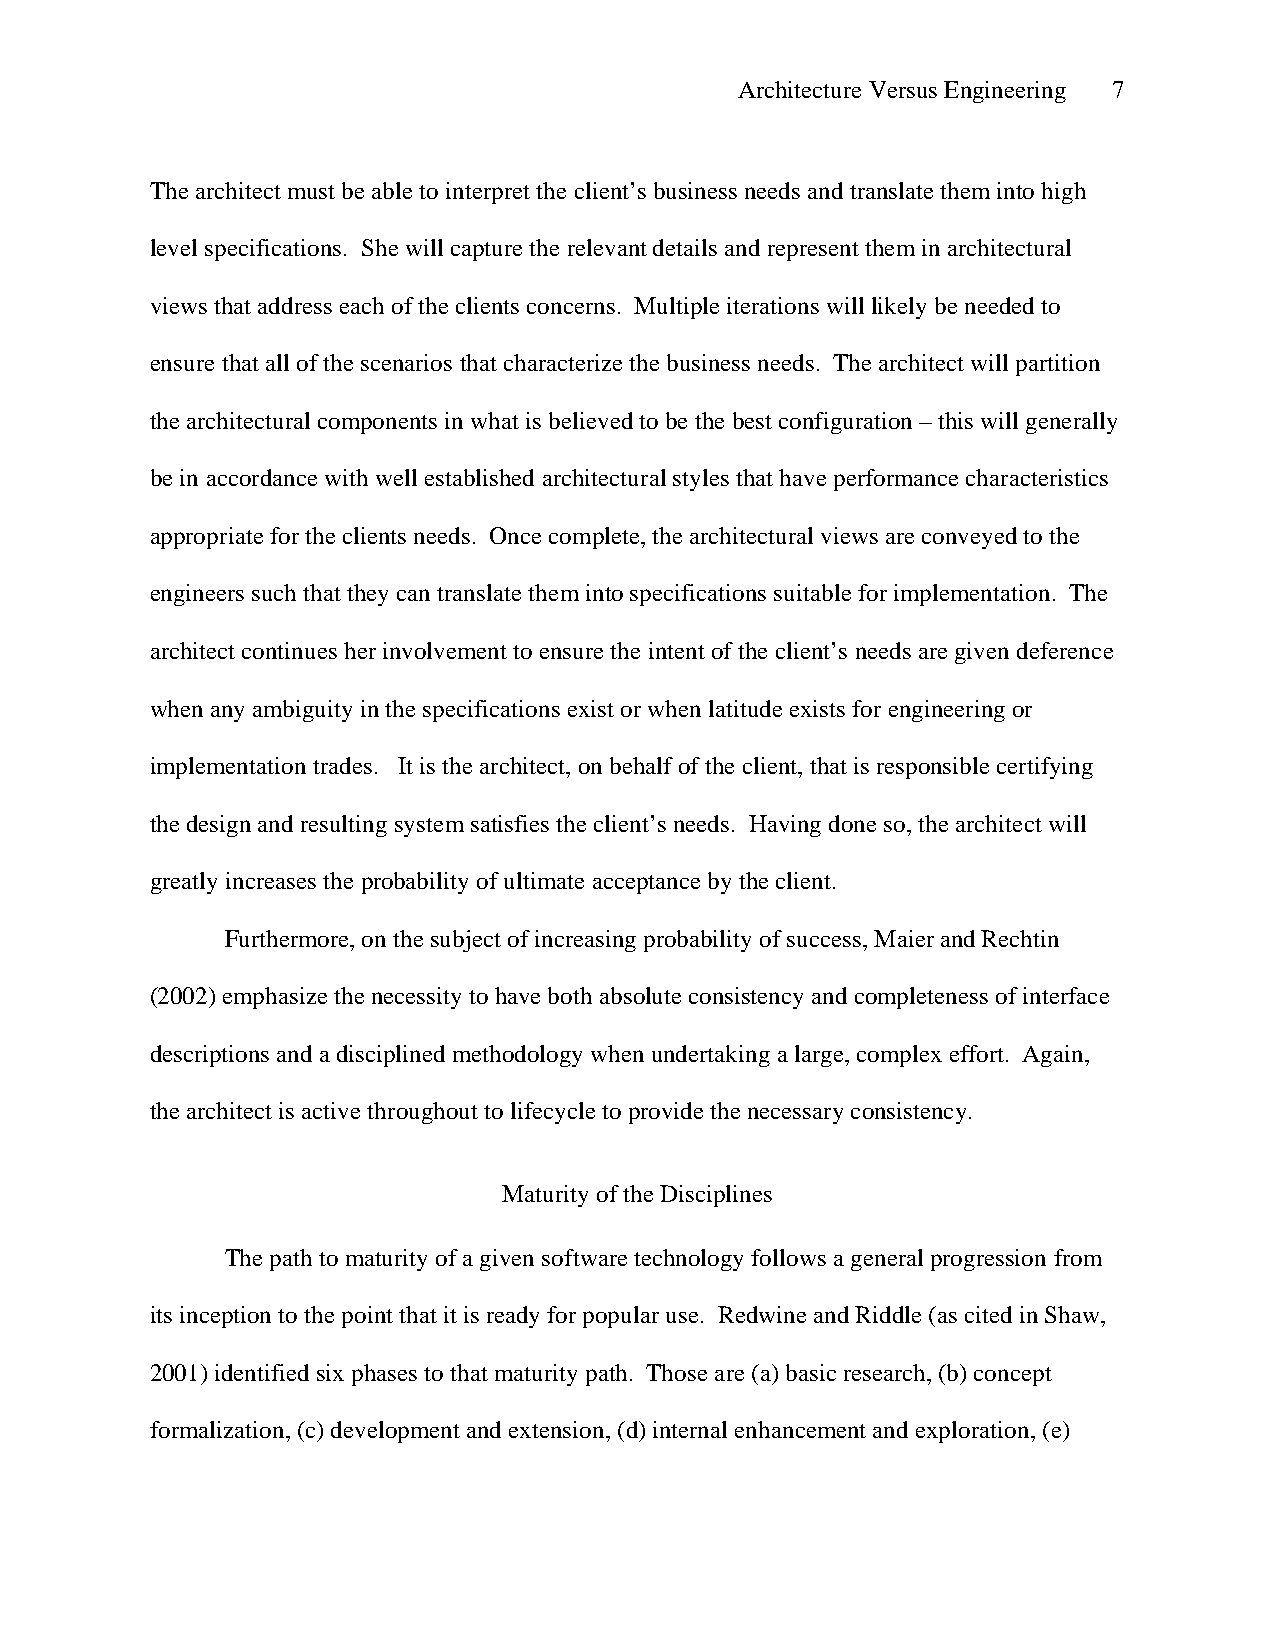
Architecture Versus Engineering 7
 The architect must be able to interpret the client’s business needs and translate them into high
 level specifications. She will capture the relevant details and represent them in architectural
 views that address each of the clients concerns. Multiple iterations will likely be needed to
 ensure that all of the scenarios that characterize the business needs. The architect will partition
 the architectural components in what is believed to be the best configuration – this will generally
 be in accordance with well established architectural styles that have performance characteristics
 appropriate for the clients needs. Once complete, the architectural views are conveyed to the
 engineers such that they can translate them into specifications suitable for implementation. The
 architect continues her involvement to ensure the intent of the client’s needs are given deference
 when any ambiguity in the specifications exist or when latitude exists for engineering or
 implementation trades. It is the architect, on behalf of the client, that is responsible certifying
 the design and resulting system satisfies the client’s needs. Having done so, the architect will
 greatly increases the probability of ultimate acceptance by the client.
 Furthermore, on the subject of increasing probability of success, Maier and Rechtin
 (2002) emphasize the necessity to have both absolute consistency and completeness of interface
 descriptions and a disciplined methodology when undertaking a large, complex effort. Again,
 the architect is active throughout to lifecycle to provide the necessary consistency.
 Maturity of the Disciplines
 The path to maturity of a given software technology follows a general progression from
 its inception to the point that it is ready for popular use. Redwine and Riddle (as cited in Shaw,
 2001) identified six phases to that maturity path. Those are (a) basic research, (b) concept
 formalization, (c) development and extension, (d) internal enhancement and exploration, (e)